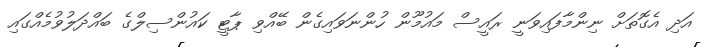
އަދި އެގޮތަށް ނިންމާފައިވަނީ ރައީސް މައުމޫން ހުންނަވައިގެން ބޭއްވި ޕާޓީ ކައުންސިލްގެ ބައްދަލުވުމެއްގައި